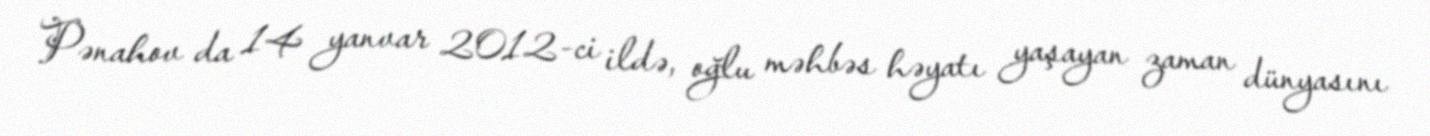
Pənahov da 14 yanvar 2012-ci ildə, oğlu məhbəs həyatı yaşayan zaman dünyasını